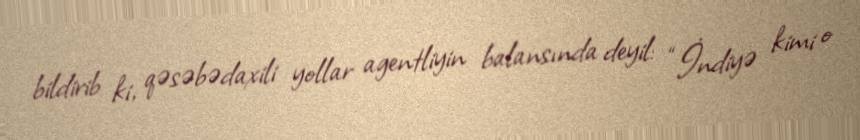
bildirib ki, qəsəbədaxili yollar agentliyin balansında deyil: “İndiyə kimi o